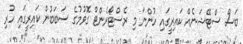
ބަސް ސްޓޭޝަނެއް ކައިރީގައި ހުންނަ މި ރެސްޓޯރެންޓް ގޮވުމުގެ ސަބަބުން ކައިރީގައި ހުރި